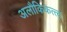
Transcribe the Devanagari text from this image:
अलौकिकत्त्व